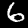
Digit: 6